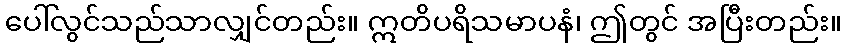
ပေါ်လွင်သည်သာလျှင်တည်း။ ဣတိပရိသမာပနံ၊ ဤတွင် အပြီးတည်း။